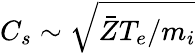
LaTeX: C_{s}\sim\sqrt{\bar{Z}T_{e}/m_{i}}